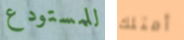
للمستودع أمتلك